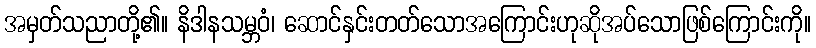
အမှတ်သညာတို့၏။ နိဒါနသမ္ဘဝံ၊ ဆောင်နှင်းတတ်သောအကြောင်းဟုဆိုအပ်သောဖြစ်ကြောင်းကို။